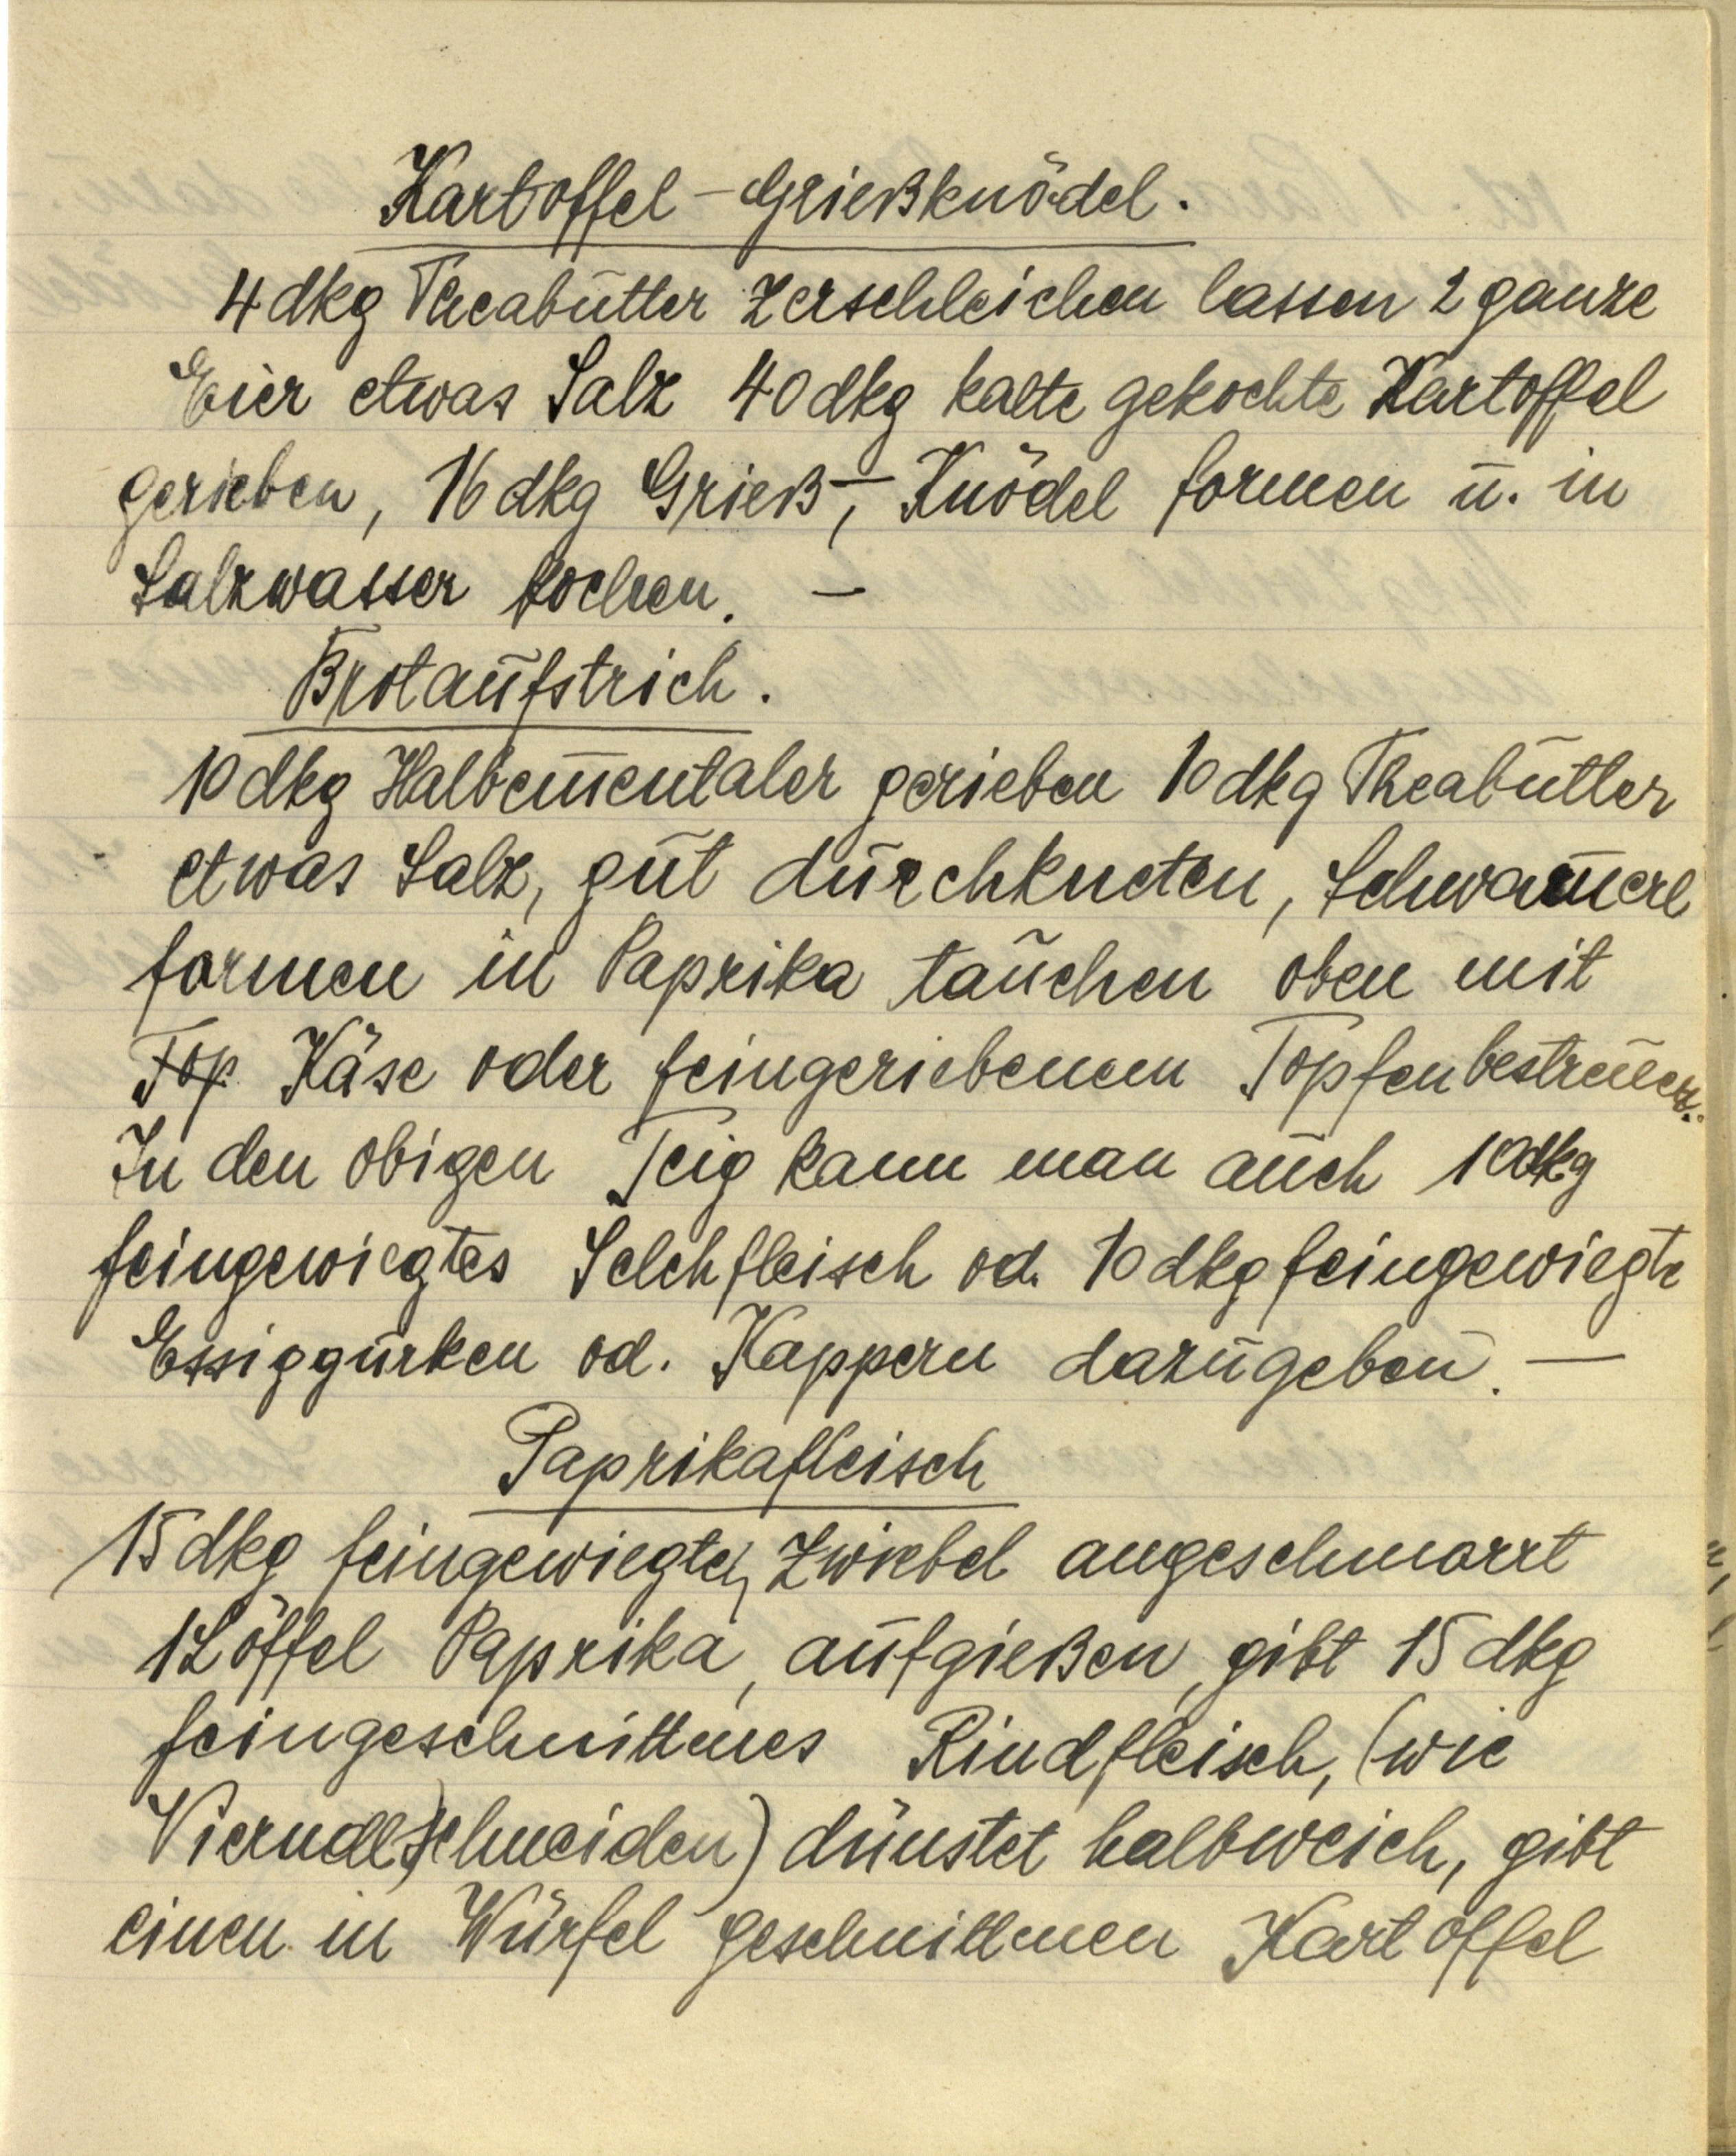
Kartoffel — Grießknödel.
4 dkg Theabutter zerschleichen lassen 2 ganze
Eier etwas Salz 40 dkg kalte gekochte Kartoffel
gerieben, 16 dkg Grieß, — Knödel formen u. in
Salzwasser kochen. —

Brotaufstrich.
10 dkg Halbemmentaler gerieben 10 dkg Theabutter
etwas Salz, gut durchkneten, Schwammerl
formen in Paprika tauchen oben mit
Top Käse oder feingeriebenem Topfen bestreuen.
In den obigen Teig kann man auch 10 dkg
feingewiegtes Selchfleisch od. 10 dkg feingewiegte
Essiggurken od. Kappern dazugeben. —

Paprikafleisch
15 dkg feingewiegten Zwiebel angeschmarrt
1 Löffel Paprika, aufgießen, gibt 15 dkg
feingeschnittenes Rindfleisch, (wie
Vierndl schneiden) dünstet halbweich, gibt
einen in Würfel geschnittenen Kartoffel